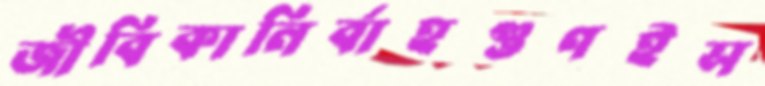
জীবিকানির্বাহগুণইস